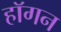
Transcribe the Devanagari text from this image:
हाॅगन